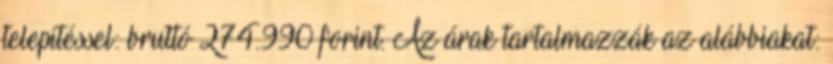
telepítéssel: bruttó 274.990 forint. Az árak tartalmazzák az alábbiakat: